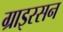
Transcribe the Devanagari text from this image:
ग्राइरसन